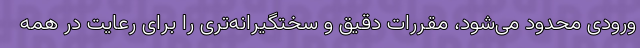
ورودی محدود می‌شود، مقررات دقیق و سختگیرانه‌تری را برای رعایت در همه